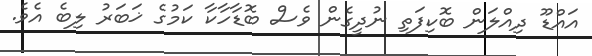
އައްޑޫ ދިއްލަން ބޮކިފަތި ނުދީގެން ވެސް ބޮޑާހާކާ ކަމުގެ ޚަބަރު ލިބެ އެވެ.